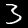
Label: 3